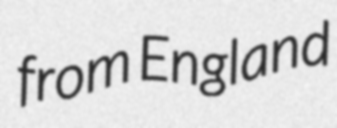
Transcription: from England